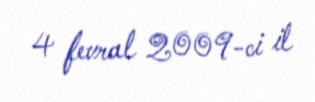
4 fevral 2009-ci il